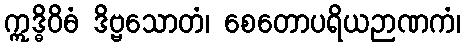
ဣဒ္ဓိဝိဓံ ဒိဗ္ဗသောတံ၊ စေတောပရိယဉာဏကံ၊